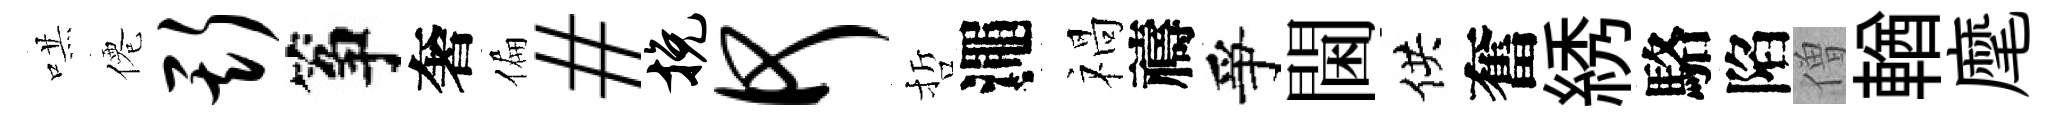
哄僊斯筝奢偏#挽何哲澠禍禱爭閫供奮綉駱陷僧輶麾